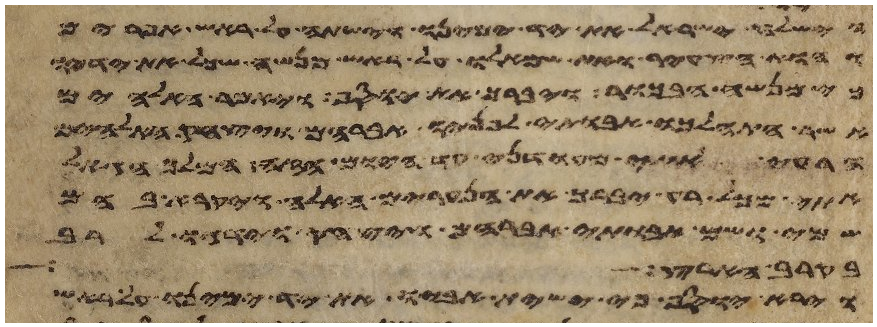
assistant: וישלח ישראל את יד ימינו וישתה על ראש אפרים
והוא הצעיר ואת שמאלו על ראש מנשה שכל את ידיו
כי מנשה הבכור ויברך את יוסף ויאמר האלהים
אשר התהלכו אבותי לפניו אברהם ויצחק האלהים
הרעה אתי מעודני עד היום הזה המלך הגאל
אתי מכל רע יברך את הנערים האלה ויקרא בהם
שמי ושם אבותי אברהם ויצחק וידגו לרב
בקרב הארץ
וירא יוסף כי ישית אביו את יד ימינו על ראש